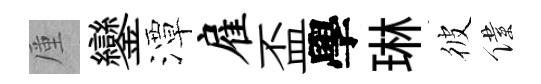
厪鑾潭雇盃學琳彼僕